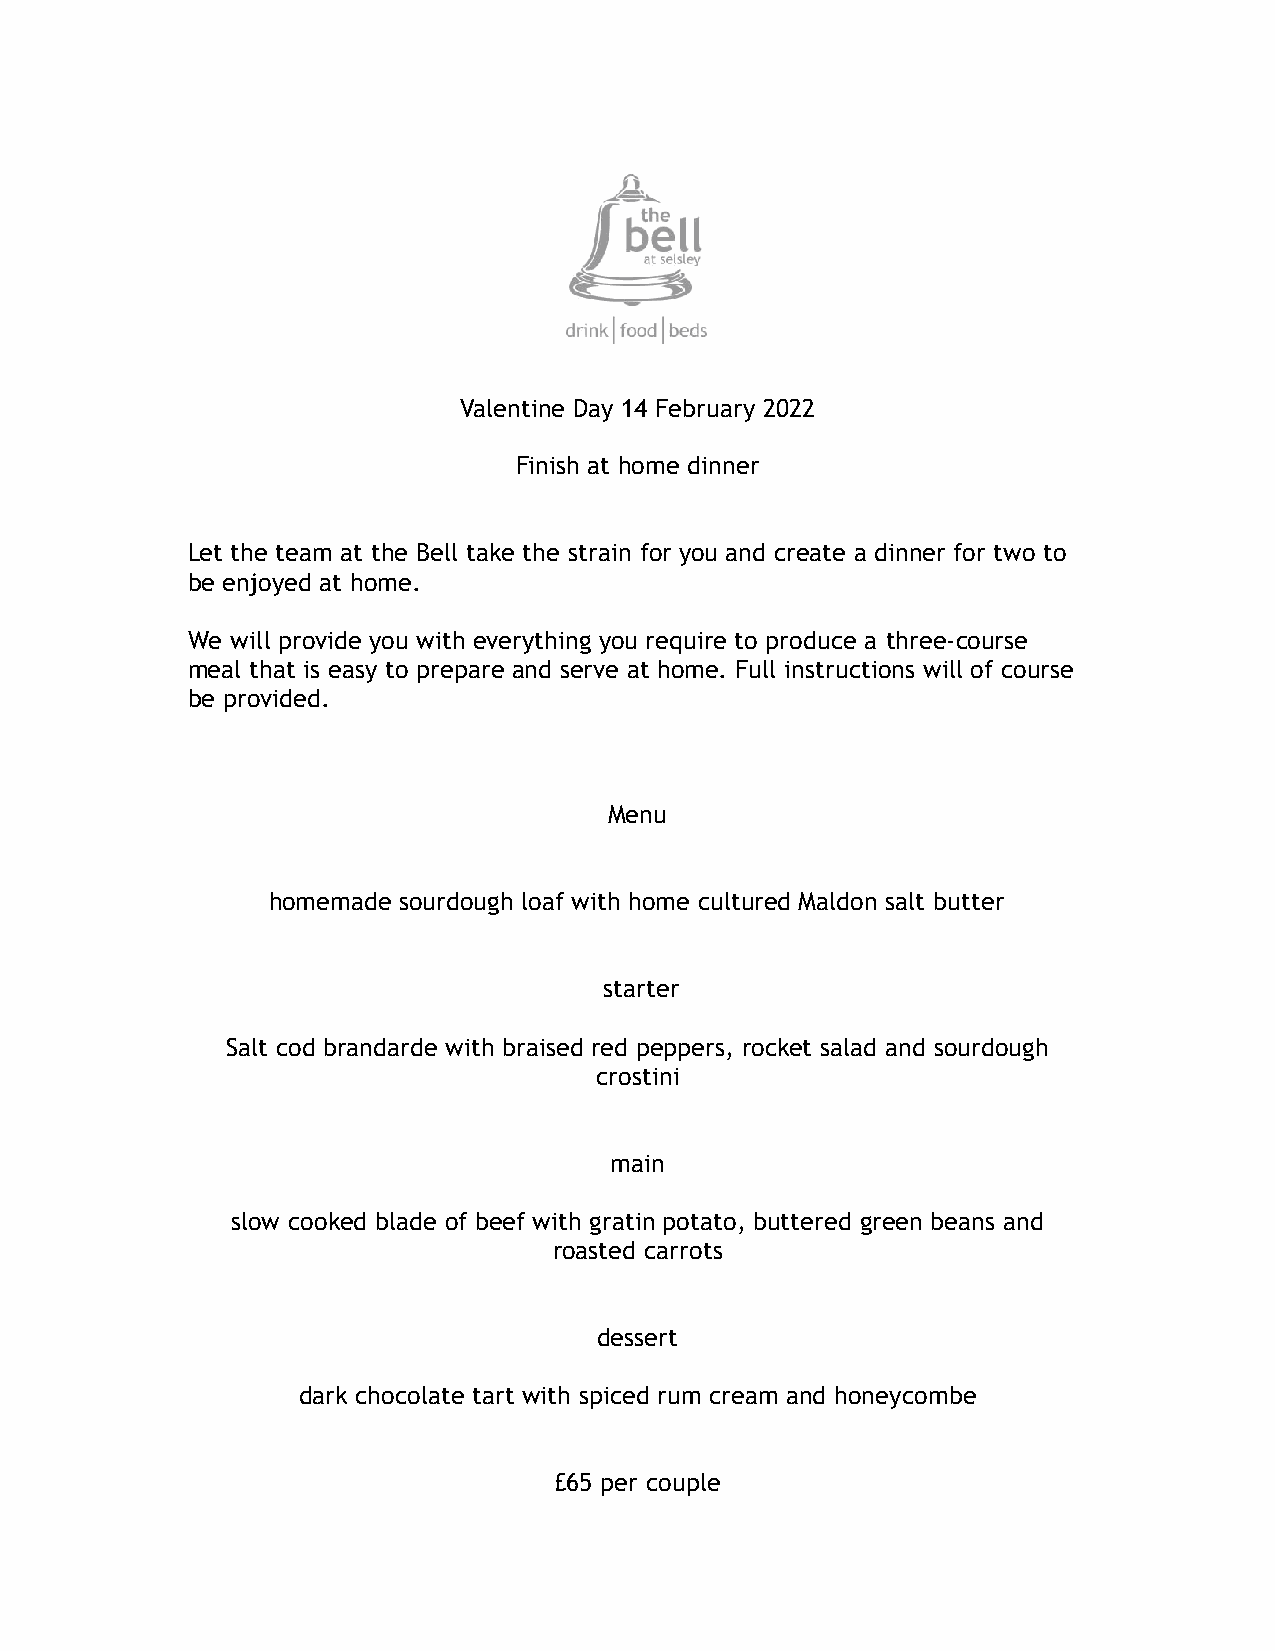
Valentine Day 14 February 2022
 Finish at home dinner
 Let the team at the Bell take the strain for you and create a dinner for two to
 be enjoyed at home.
 We will provide you with everything you require to produce a three-course
 meal that is easy to prepare and serve at home. Full instructions will of course
 be provided.
 Menu
 homemade sourdough loaf with home cultured Maldon salt butter
 starter
 Salt cod brandarde with braised red peppers, rocket salad and sourdough
 crostini
 main
 slow cooked blade of beef with gratin potato, buttered green beans and
 roasted carrots
 dessert
 dark chocolate tart with spiced rum cream and honeycombe
 £65 per couple